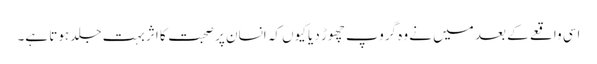
اسی واقعے کے بعد میں نے وہ گروپ چھوڑ دیا کیوں کہ انسان پر صحبت کا اثر بہت جلد ہوتا ہے۔